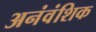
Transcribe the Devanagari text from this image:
अनंवंशिक